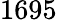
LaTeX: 1695